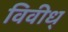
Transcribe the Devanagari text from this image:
विवीध्